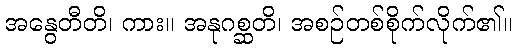
အနွေတီတိ၊ ကား။ အနုဂစ္ဆတိ၊ အစဉ်တစ်စိုက်လိုက်၏။